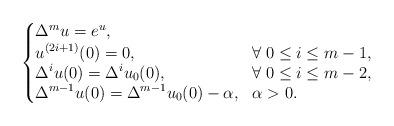
LaTeX: \begin{align*}\begin{cases}\begin{aligned}&\Delta^m u= e^u, && \\&u^{(2i+1)}(0)=0, && \forall\; 0\leq i\leq m-1,\\&\Delta^iu(0)= \Delta^iu_0(0), && \forall\; 0\leq i\leq m-2,\\& \Delta^{m-1} u(0) = \Delta^{m-1} u_0(0) - \alpha, && \alpha > 0.\end{aligned}\end{cases}\end{align*}